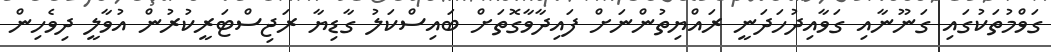
ގަވްމުތަކުގައި ގަނޫނާއި ގަވާއިދުހަދަނީ ރައްޔިތުންނަށް ފައިދާވާގޮތަށް ބައިސްކަލު ގާޑިޔާ ރަޖިސްޓަރީކުރުން އުވާލީ ދިވެހިން